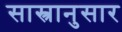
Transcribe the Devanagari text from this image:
सास्त्रानुसार